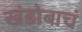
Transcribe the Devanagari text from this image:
खंडोबाचं